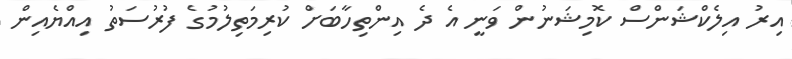
އިރު އިލެކްޝަންސް ކޮމިޝަނުން ވަނީ އެ ދެ އިންތިހާބަށް ކުރިމަތިލުމުގެ ފުރުސަތު އިއްޔެއިން